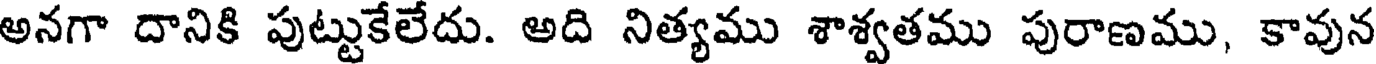
అనగా దానికి పుట్టుకేలేదు. అది నిత్యము శాశ్వతము పురాణము, కావున